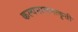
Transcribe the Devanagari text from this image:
कल्पनाचमत्कृती